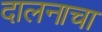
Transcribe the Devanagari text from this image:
दालनाचा